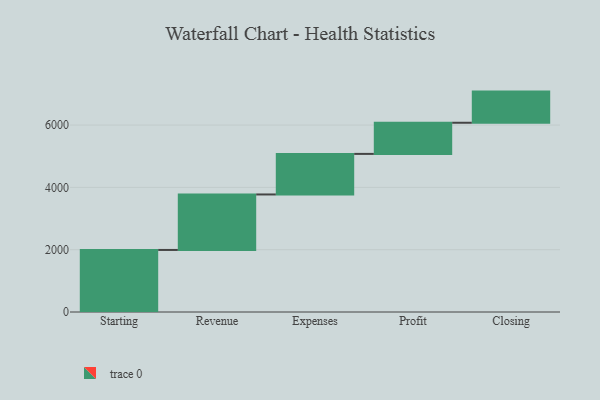
{"axis": {"x": "Step", "y": "Value"}, "legend": [""], "data": [{"x": "Starting", "y": 1992.0, "type": ""}, {"x": "Revenue", "y": 1781.0, "type": ""}, {"x": "Expenses", "y": 1302.0, "type": ""}, {"x": "Profit", "y": 1000, "type": ""}, {"x": "Closing", "y": 1000, "type": ""}]}